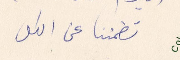
تطمننا عن الكل